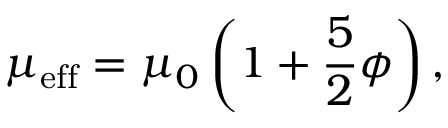
\mu _ { \mathrm { e f f } } = \mu _ { 0 } \left( 1 + { \frac { 5 } { 2 } } \phi \right) ,